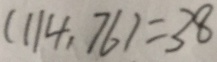
( 1 1 4 , 7 6 ) = 3 8